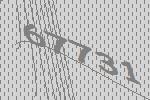
67731